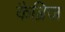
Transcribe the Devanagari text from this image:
कैब्रिज